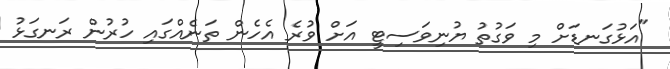
"އަޅުގަނޑަށް މި ވަގުތު ޔުނިވަސިޓީ އަށް ވުރެ އެހެން ތަނެއްގައި ހުރުން ރަނގަޅު